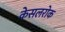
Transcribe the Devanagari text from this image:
केसलरोक